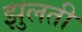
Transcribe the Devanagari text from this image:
झुलती